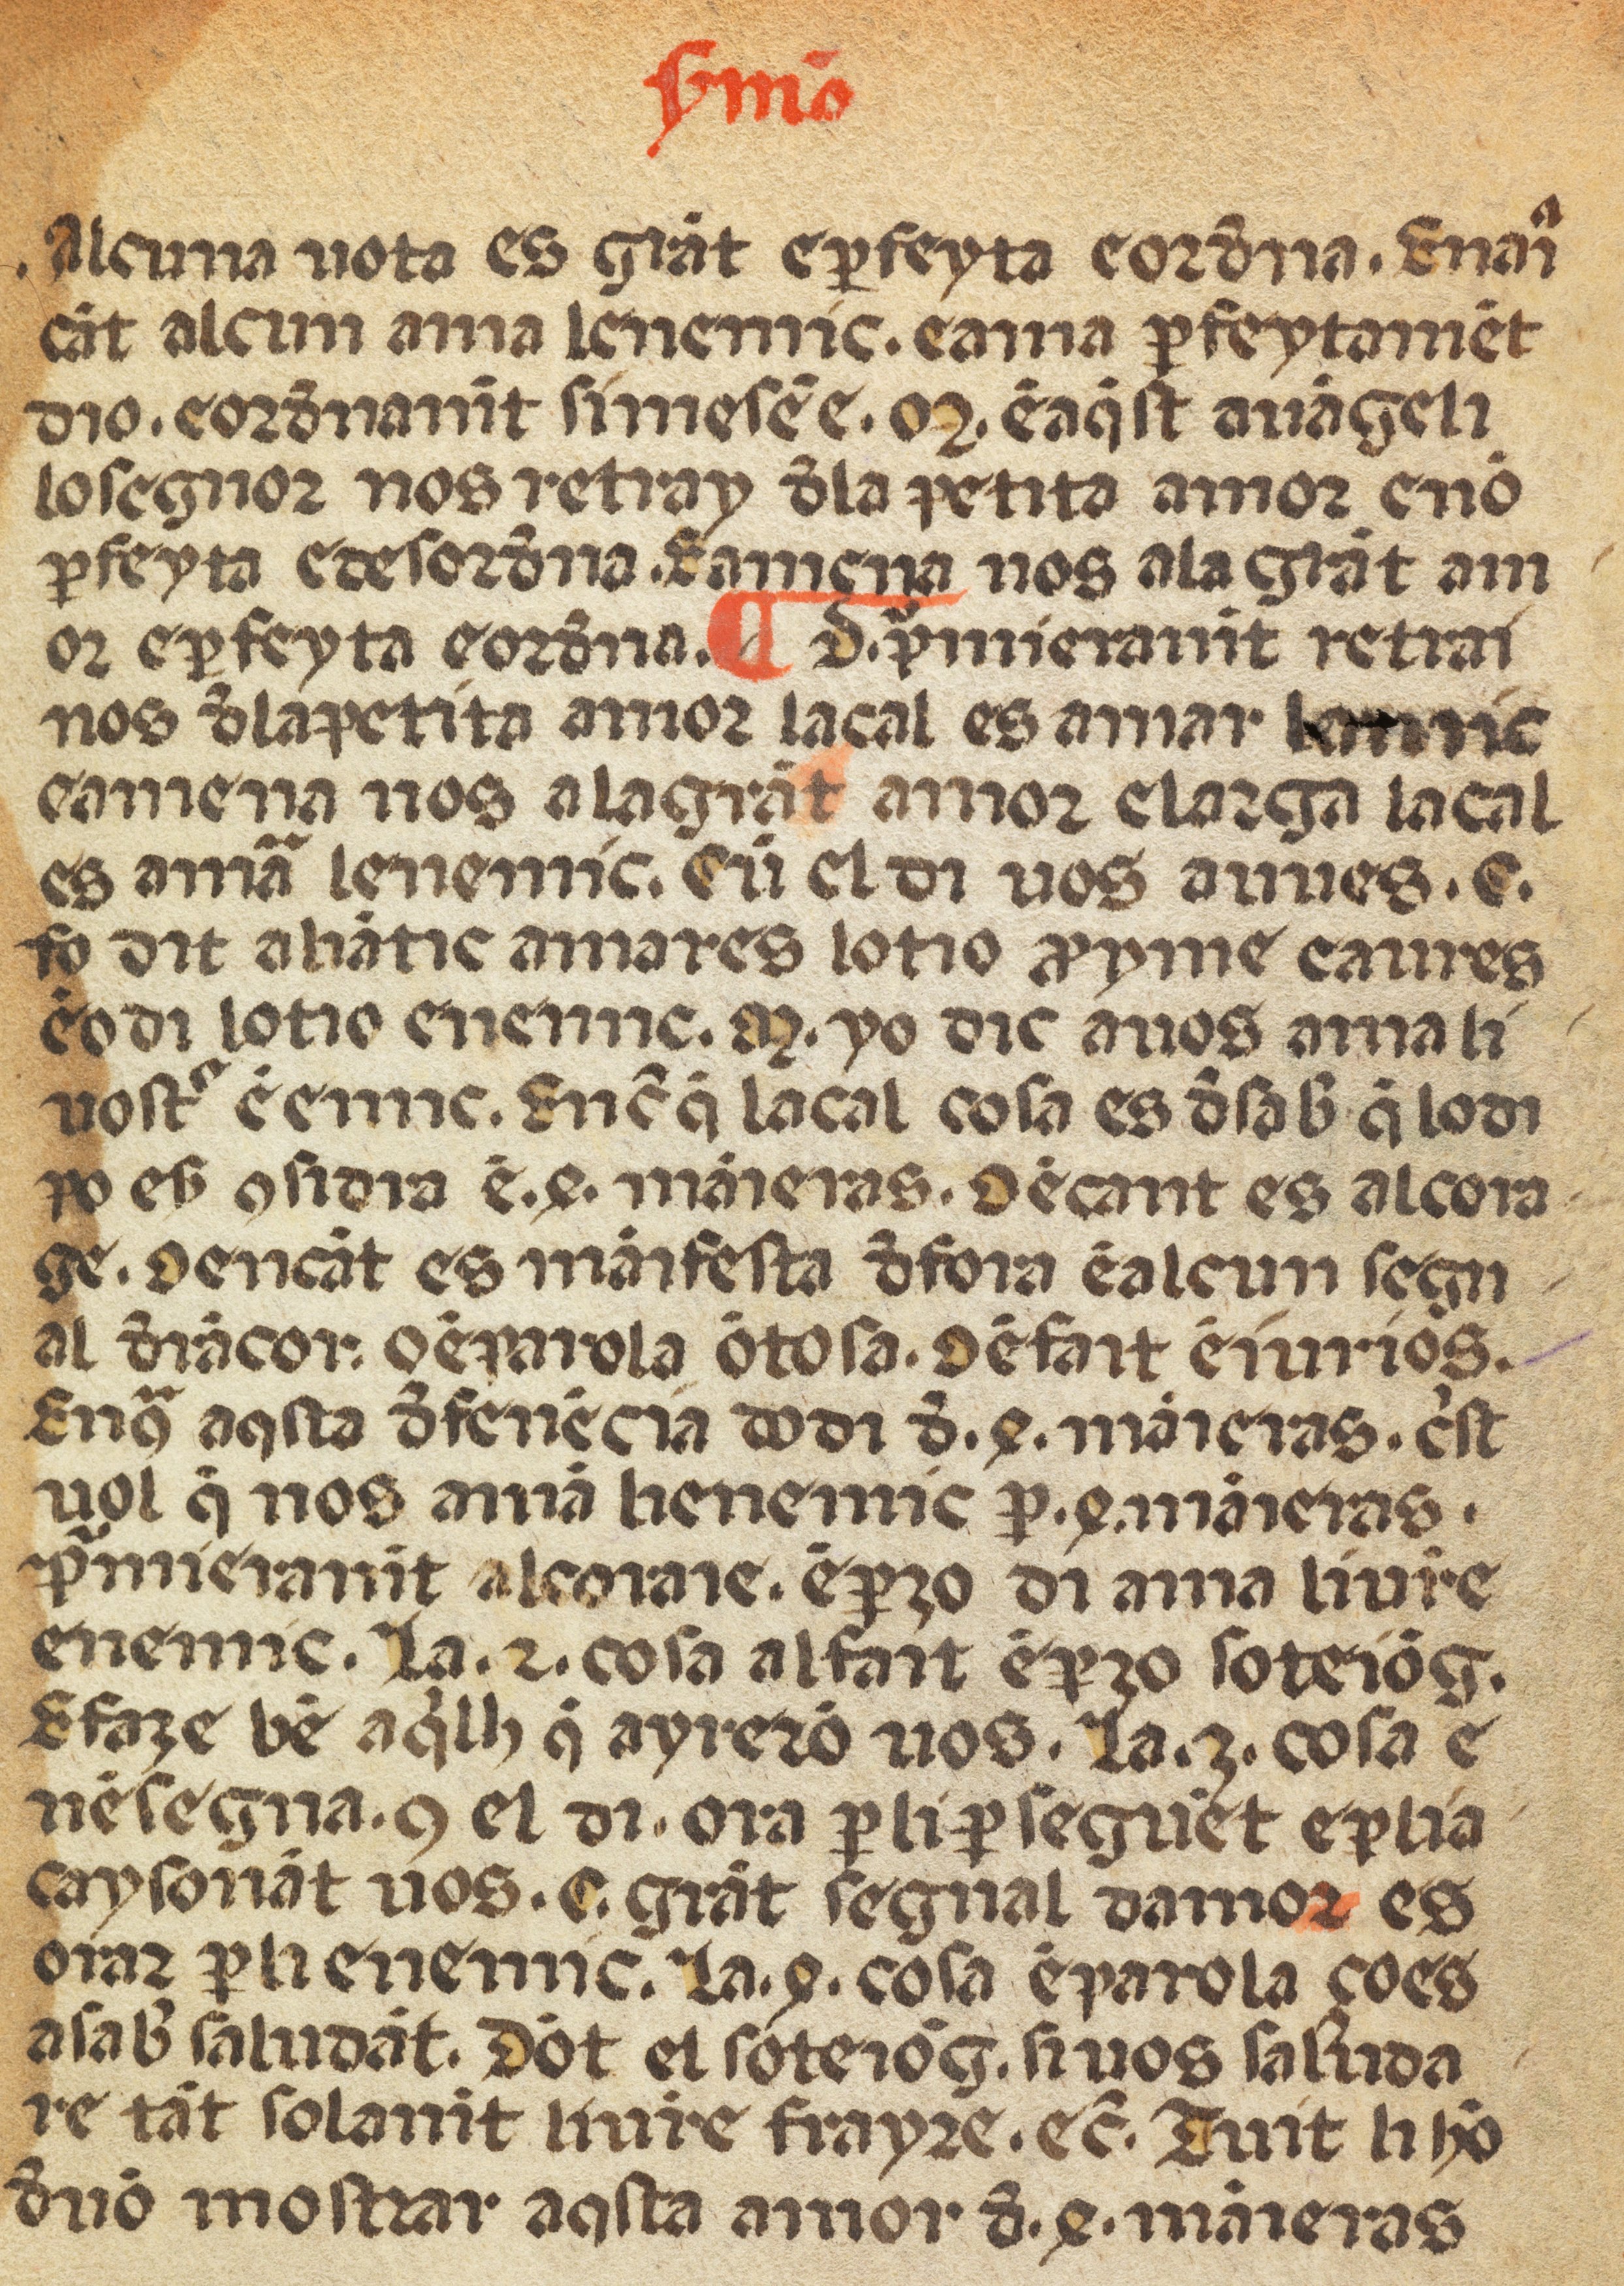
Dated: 1400–1499